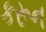
કરૂન